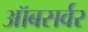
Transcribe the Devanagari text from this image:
ऑबसर्वर